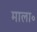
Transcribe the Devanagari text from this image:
माला॰